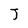
Character: J